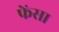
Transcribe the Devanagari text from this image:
फेंसा